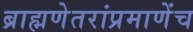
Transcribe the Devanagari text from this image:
ब्राह्मणेतरांप्रमाणेंच